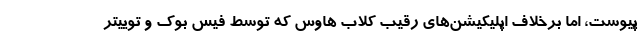
پیوست، اما برخلاف اپلیکیشن‌های رقیب کلاب هاوس که توسط فیس بوک و توییتر